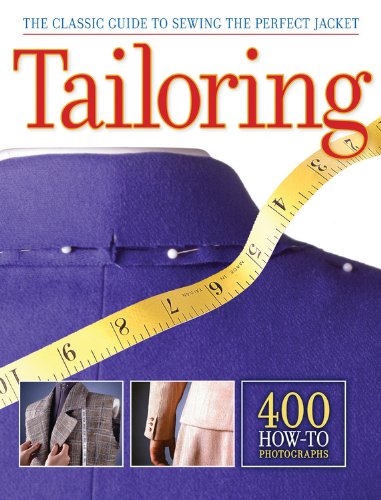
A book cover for Tailoring: The Classic Guide to Sewing the Perfect Jacket; Editors of CPi; Crafts, Hobbies & Home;